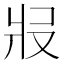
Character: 𤕱